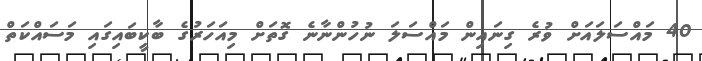
40 މައްސަލައަށް ވުރެ ގިނައިން މައްސަލަ ނުހުންނާނެ ގޮތަށް މިއަހަރުގެ ބާކީބައިގައި މަސައްކަތް